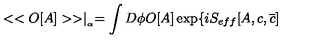
< < O [ A ] > > \mid _ { _ { \alpha } } = \int D \phi O [ A ] \exp \{ i S _ { e f f } [ A , c , \overline { { c } } ]